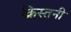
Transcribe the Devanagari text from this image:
क्रिस्तनी